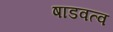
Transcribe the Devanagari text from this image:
षाडवत्व